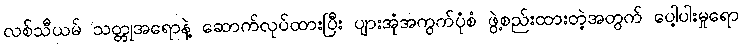
လစ်သီယမ် သတ္တုအရောနဲ့ ဆောက်လုပ်ထားပြီး ပျားအုံအကွက်ပုံစံ ဖွဲ့စည်းထားတဲ့အတွက် ပေါ့ပါးမှုရော